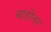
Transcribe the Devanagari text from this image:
बाहोनर